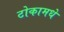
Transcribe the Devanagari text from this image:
टोकामधे